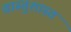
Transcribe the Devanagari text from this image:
वास्तुशास्त